Vaccination in Burma 1920-1933 - 1920-1933
Year: 1920
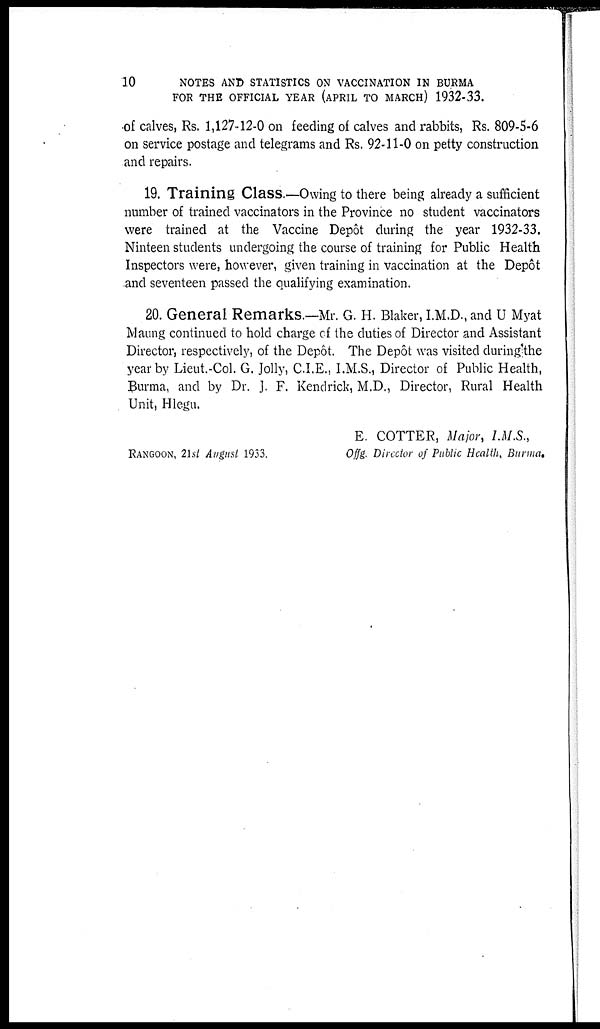
10
NOTES AND STATISTICS ON VACCINATION IN BURMA
FOR THE OFFICIAL YEAR (APRIL TO MARCH) 1932-33.
of calves, Rs. 1,127-12-0 on feeding of calves and rabbits, Rs. 809-5-6
on service postage and telegrams and Rs. 92-11-0 on petty construction
and repairs.
19. Training Class.—Owing to there being already a sufficient
number of trained vaccinators in the Province no student vaccinators
were trained at the Vaccine Depôt during the year 1932-33.
Ninteen students undergoing the course of training for Public Health
Inspectors were, however, given training in vaccination at the Depôt
and seventeen passed the qualifying examination.
20. General Remarks.—Mr. G. H. Blaker, I.M.D., and U Myat
Maung continued to hold charge of the duties of Director and Assistant
Director, respectively, of the Depôt. The Depôt was visited during the
year by Lieut.-Col. G. Jolly, C.I.E., I.M.S., Director of Public Health,
Burma, and by Dr. J. F. Kendrick, M.D., Director, Rural Health
Unit, Hlegu.
E. COTTER, Major, I.M.S.,
RANGOON, 21st August 1933.
Offg. Director of Public Health, Burma.